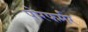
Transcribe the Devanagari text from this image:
पोरफर्मर